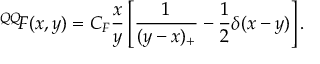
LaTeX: { ^ { Q Q } \! F } ( x , y ) = C _ { F } \frac { x } { y } \left[ \frac { 1 } { ( y - x ) _ { + } } - \frac { 1 } { 2 } \delta ( x - y ) \right] .